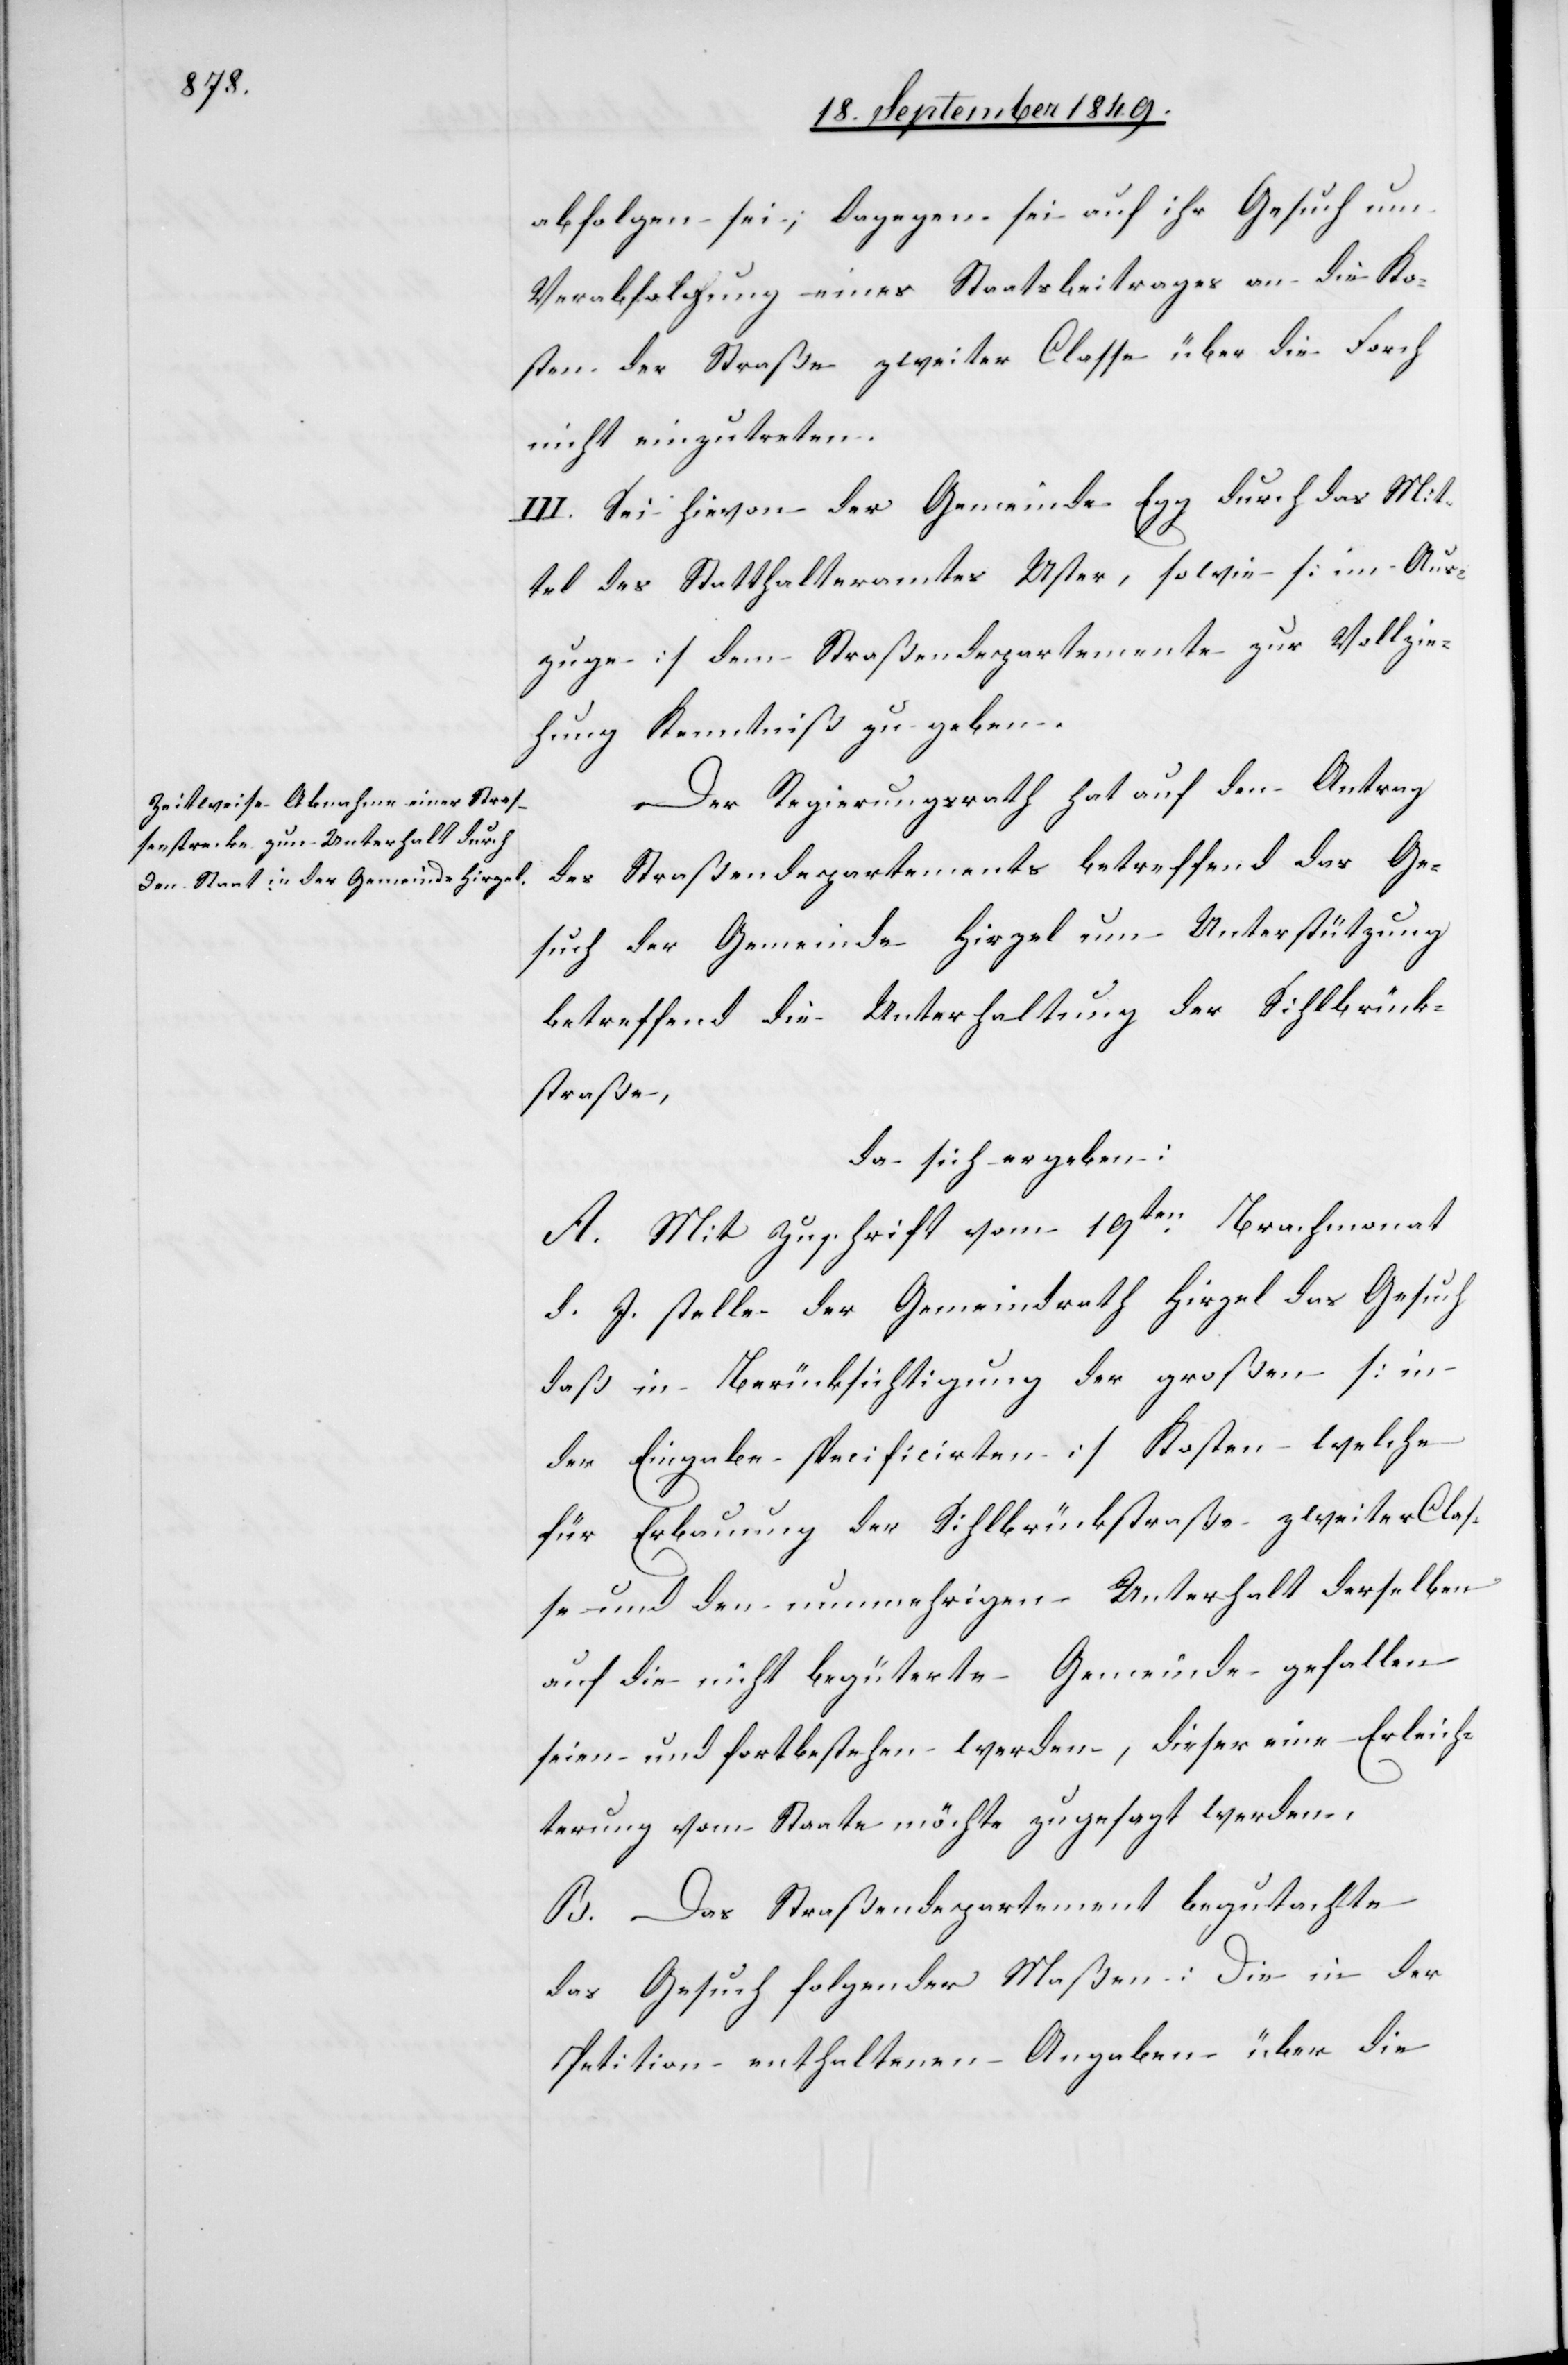
abfolgen sie, dagegen sei auf ihr Gesuch um
Verabfolgung eines Staatsbeitrages an die Ko¬
sten der Straße zweiter Classe über die Forch
nicht einzutreten.
III. Sei hievon der Gemeinde Egg durch das Mit¬
tel des Statthalteramtes Uster, sowie [im Aus¬
zuge] dem Straßendepartemente zur Vollzie¬
hung Kenntniß zu geben.
Der Regierungsrath hat auf den Antrag
des Straßendepartements betreffend das Ge¬
such der Gemeinde Hirzel um Unterstützung
betreffend die Unterhaltung der Sihlbrück¬
straße,
da sich ergeben:
A. Mit Zuschrift vom 19ten Brachmonat
d. J. stelle der Gemeindrath Hirzel das Gesuch
daß in Berücksichtigung der großen [in
der Eingabe specificirten] Kosten welche
für Erbauung der Sihlbrückstraße zweiter Clas¬
se und den nunmehrigen Unterhalt derselben
auf die nicht begüterte Gemeinde gefallen
seien und fortbestehen werden, dieser eine Erleich¬
terung vom Staate möchte zugesagt werden.
B. Das Straßendepartement begutachte
das Gesuch folgender Maßen: Die in der
Petition enthaltenen Angaben über die